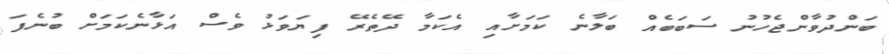
ބަންދުވާންޖެހުނު ސަބަބެއް ބަލާނެ ކަމަށާއި އެކަމާ ދޭތެރޭ ފިޔަވަޅު ވެސް އަޅާނެކަމަށް ބުނެފަ